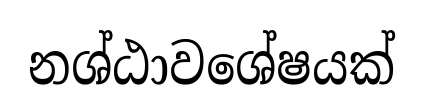
නශ්ඨාවශේෂයක්